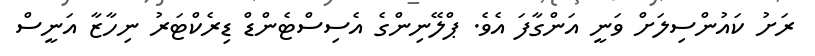
ރަށު ކައުންސިލަށް ވަނީ އަންގާފަ އެވެ. ޕްލޭނިންގެ އެސިސްޓެންޑް ޑިރެކްޓަރު ނިހާޒާ އަނީސް